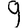
Digit: 9